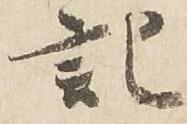
記